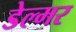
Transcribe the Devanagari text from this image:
डेल्मर